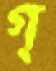
গ্